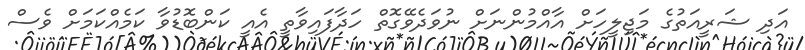
އަދި ޝަރީއަތުގެ މަޖިލީހަށް އާއްމުންނަށް ނުވަދެވޭގޮތް ހަދާފައިވާތީ އެއީ ކަންބޮޑުވާ ކަމެއްކަމަށް ވެސް